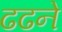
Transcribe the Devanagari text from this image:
ढढने